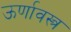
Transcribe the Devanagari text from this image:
ऊर्णावस्त्र